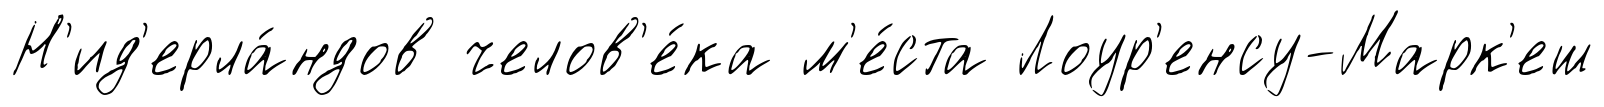
Н'ид'ерла́ндов челов'е́ка м'е́ста Лоур'енсу-Марк'еш